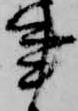
事